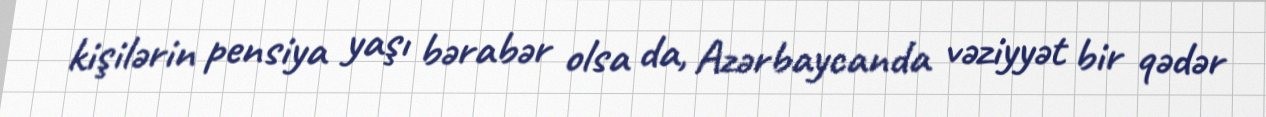
kişilərin pensiya yaşı bərabər olsa da, Azərbaycanda vəziyyət bir qədər